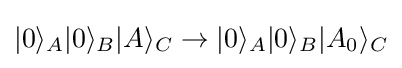
|0\rangle _{A}|0\rangle _{B}|A\rangle _{C}\rightarrow |0\rangle _{A}|0\rangle _{B}|A_{0}\rangle _{C}